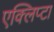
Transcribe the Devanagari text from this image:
एक्लिप्टा